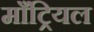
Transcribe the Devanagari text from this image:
माँट्रियल